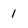
Character: 1